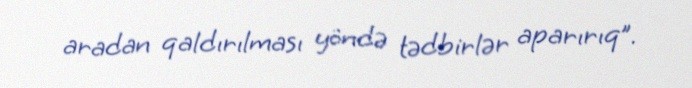
aradan qaldırılması yöndə tədbirlər aparırıq”.